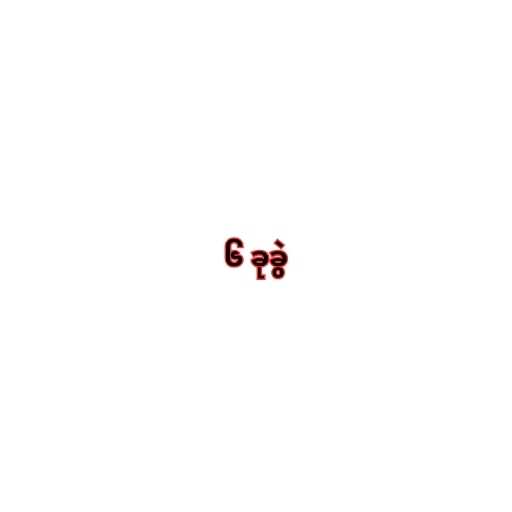
၆ ခုခွဲ